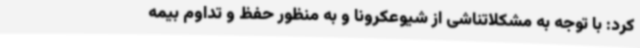
کرد: با توجه به مشکلاتناشی از شیوعکرونا و به منظور حفظ و تداوم بیمه